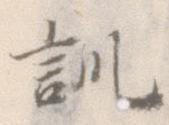
訓